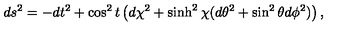
d s ^ { 2 } = - d t ^ { 2 } + \cos ^ { 2 } t \left( d \chi ^ { 2 } + \sinh ^ { 2 } \chi ( d \theta ^ { 2 } + \sin ^ { 2 } \theta d \phi ^ { 2 } ) \right) ,